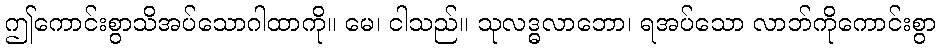
ဤကောင်းစွာသိအပ်သောဂါထာကို။ မေ၊ ငါသည်။ သုလဒ္ဓလာဘော၊ ရအပ်သော လာဘ်ကိုကောင်းစွာ